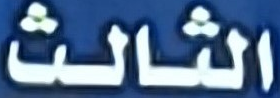
الثالث